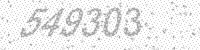
Solution: 549303